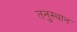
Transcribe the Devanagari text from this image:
तनुस्थान